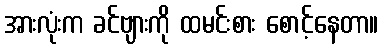
အားလုံးက ခင်ဗျားကို ထမင်းစား စောင့်နေတာ။